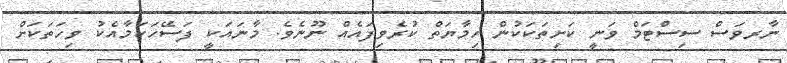
ނާރވަސް ސިސްޓަމް ވަނީ ކަށިތަކަކުން ހިމާޔަތް ކުރެވިފައެއް ނޫނެވެ. މާނައަކީ ފަސޭހަކަމާއެކު ވިހަތަކަށް